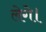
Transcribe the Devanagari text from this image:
लेगे।